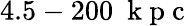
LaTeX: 4.5-200~\mathrm{~k~p~c~}